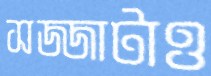
সজ্জাটাও